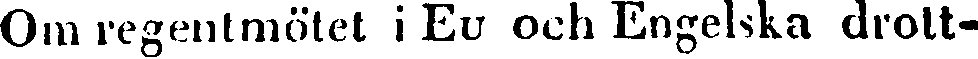
Om regentmötet i Eu och Engelska drott-